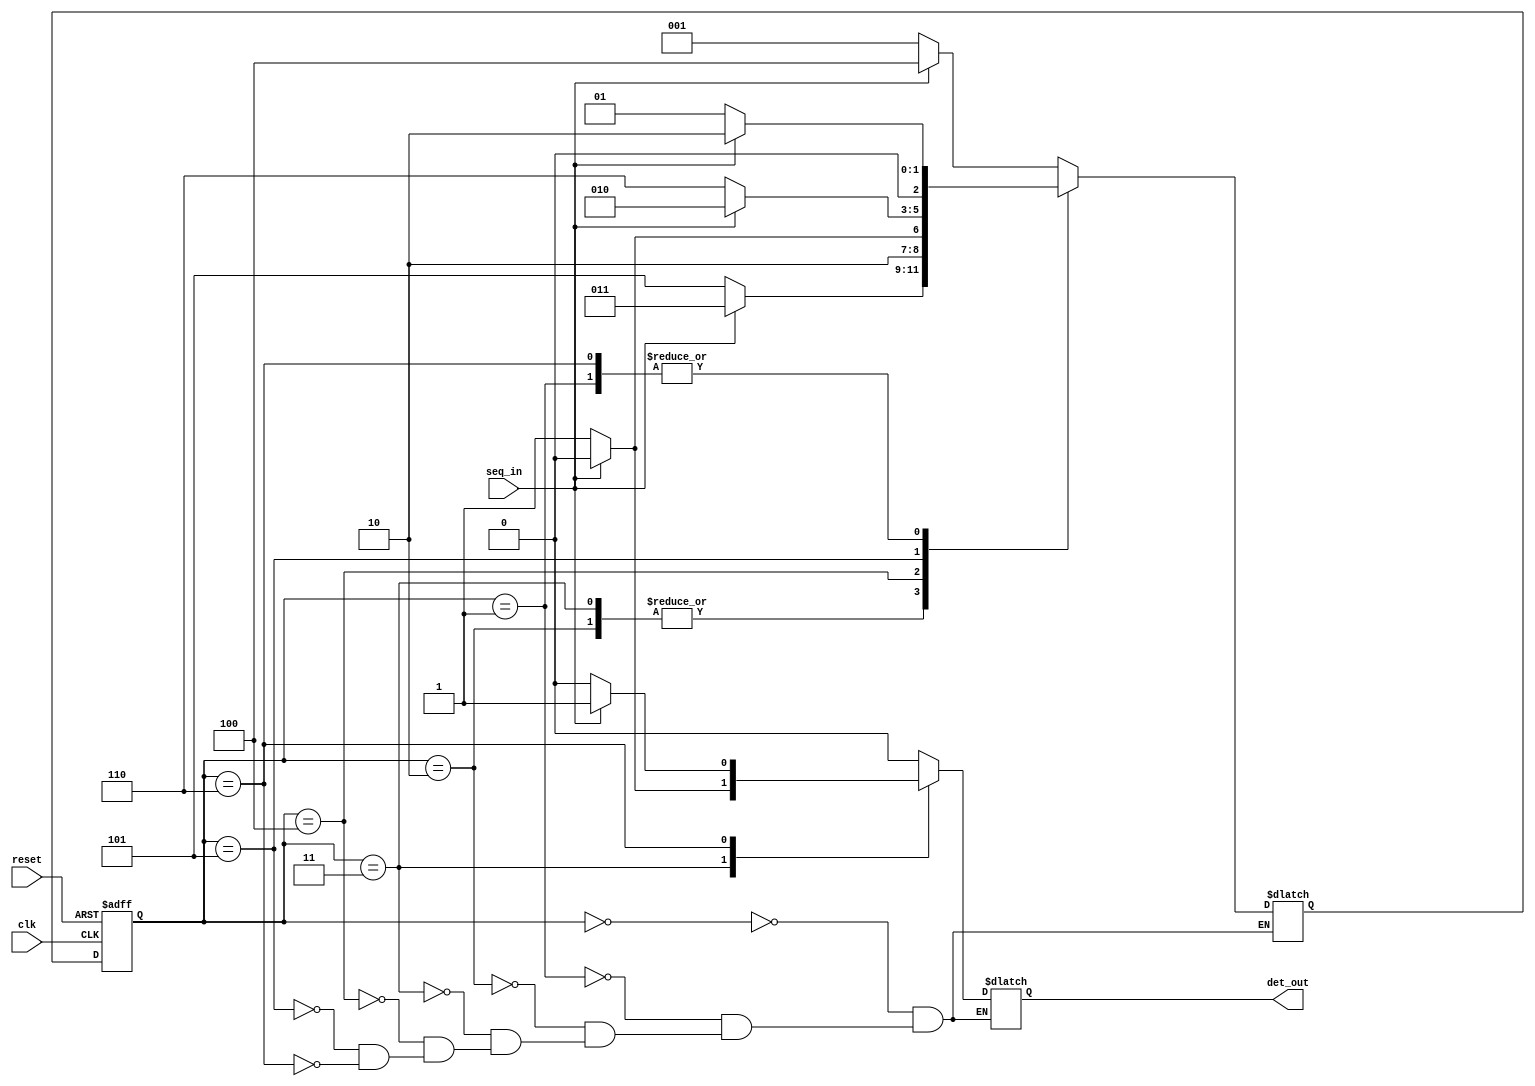
`timescale 1ns / 1ps
//////////////////////////////////////////////////////////////////////////////////
// Company: 
// Engineer: 
// 
// Design Name: 
// Module Name: seq
// Project Name: 
// Target Devices: 
// Tool Versions: 
// Description: 
// 
// Dependencies: 
// 
// Revision:
// Revision 0.01 - File Created
// Additional Comments:
// 
//////////////////////////////////////////////////////////////////////////////////


module seq(reset, clk, seq_in, det_out);
input clk, reset, seq_in;
output reg det_out;

parameter S0=0,
S1=1,S2=2,
S3=3,S4=4,
S5=5,S6=6;

reg [0:2] current_state, next_state;

always @(posedge clk or posedge reset)
begin
 if(reset==1) 
 current_state <= S0;
 else
 current_state <= next_state; 
end

always @(current_state, seq_in)
begin
    case(current_state)
    S0:begin
        next_state = seq_in ? S4 : S1;
        det_out = seq_in ? 0 : 0;
    end
    
    S1:begin
        next_state = seq_in ? S2 : S1;
        det_out = seq_in ? 0 : 0;
    end
    
    S2:begin
    next_state = seq_in ? S3 : S5;
    det_out = seq_in ? 0 : 0;
    end

    S3:begin
    next_state = seq_in ? S3 : S5;
    det_out = seq_in ? 0 : 1;
    end    

    S4:begin
    next_state = seq_in ? S4 : S5;
    det_out = seq_in ? 0 : 0;
    end
    
    S5:begin
        next_state = seq_in ? S2 : S6;
        det_out = seq_in ? 0 : 0;
        end
        
    S6:begin
       next_state = seq_in ? S2 : S1;
       det_out = seq_in ? 1 : 0;
       end    
        
            
        endcase       
    end    

endmodule